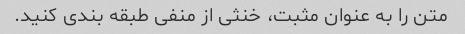
متن را به عنوان مثبت، خنثی از منفی طبقه بندی کنید.